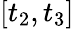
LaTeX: [t_{2},t_{3}]